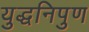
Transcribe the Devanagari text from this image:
युद्धनिपुण